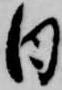
日